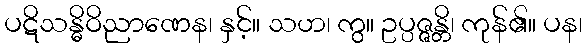
ပဋိသန္ဓိဝိညာဏေန၊ နှင့်။ သဟ၊ ကွ။ ဥပ္ပဇ္ဇန္တိ၊ ကုန်၏။ ပန၊